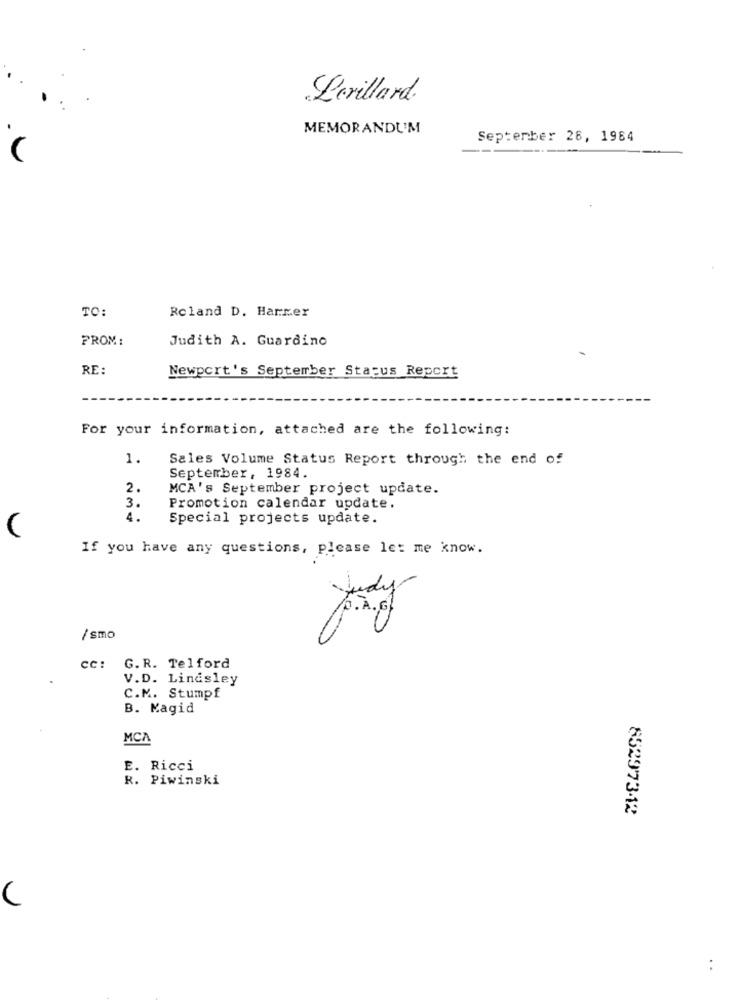
Lerillard.
MEMORANDUM
September 26, 1984
TO:
Roland D. Harmer
FROM:
Judith A. Guardino
RE:
Newport's September Status Report
For your information, attached are the following:
1.
Sales Volume Status Report through the end of
September, 1984.
2.
MCA's September project update.
3.
Promotion calendar update.
4.
Special projects update.
(
If you have any questions, please let me know.
/smo
cc: G.R. Telford
V.D. Linesley
C.M. Stumpf
B. Magid
MCA
E. Ricci
R. Piwinski
852973-12
: